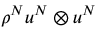
\rho ^ { N } u ^ { N } \otimes u ^ { N }